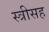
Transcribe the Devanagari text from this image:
स्त्रीसह